Sanitation, dispensaries and jails vaccination Rajputana 1922-1927 - 1922-1927
Year: 1922
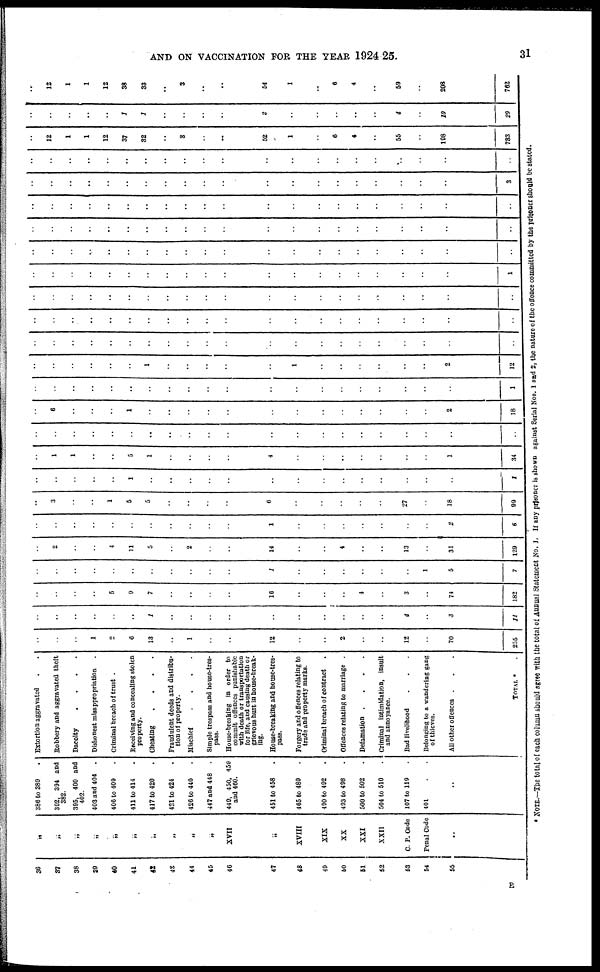
AND ON VACCINATION FOR THE YEAR 1924-25.
31
36
37
38
39
40
41
42
43
44
45
46
47
48
49
50
51
52
53
54
55
..
„
„
„
„
„
„
„
„
„
„
XVII
„
XVIII
XIX
XX
XXI
XXII
C. P. Code
Penal Code
..
..
386 to 389
302, 394 and
382.
395, 400 and
402.
403 and 404.
406 to 409 .
411 to 414
417 to 420 .
421 to 424.
426 to 440 .
447 and 448 .
449, 450, 459
and 460.
451 to 458 .
405 to 489 .
490 to 492 .
493 to 498 .
500 to 502
504 to 510 .
107 to 119 .
401 ..
..
..
Extortion aggravated ..
Robbery and aggravated theft
Dacoity
....
Dishonest misappropriation .
Criminal breach of trust .
Receiving and concealing stolen
property.
Cheating
....
Fraudulent deeds and distribu-
tion of property.
Mischief
....
Simple trespass and house-tres-
pass.
House-breaking in order to
commit offences punishable
with death or transportation
for life, and causing death or
grievous hurt in house-break-
ing.
House-breaking and house-tres-
pass.
Forgery and offences relating to
trade and property marks.
Criminal breach of contract .
Offences relating to marriage .
Defamation
....
Criminal intimidation, insult
and annoyance.
Bad livelihood ...
Belonging to a wandering gang
of thieves.
All other offences ...
TOTAL * .
..
..
..
1
2
6
13
..
1
..
..
12
..
..
2
..
..
12
..
70
255
..
..
..
..
..
..
1
..
..
..
..
..
..
..
..
..
..
4
..
3
14
..
..
..
..
5
9
7
..
..
..
..
16
..
..
..
4
..
3
..
74
182
..
..
..
..
..
..
..
..
..
..
..
1
..
..
..
..
..
..
1
5
7
..
2
..
..
4
11
5
..
2
..
..
14
..
..
4
..
..
13
..
31
129
..
..
..
..
..
..
..
..
..
..
..
1
..
..
..
..
..
..
..
2
6
..
3
..
..
1
5
5
..
..
..
..
6
..
..
..
..
..
27
..
18
99
..
..
..
..
..
1
..
..
..
..
..
..
..
..
..
..
..
..
..
..
I
..
1
1
..
..
5
1
..
..
..
..
4
..
..
..
..
..
..
..
1
34
..
..
..
..
..
..
..
..
..
..
..
..
..
..
..
..
..
..
..
..
..
..
6
..
..
..
1
..
..
..
..
..
..
..
..
..
..
..
..
..
2
18
..
..
..
..
..
..
..
..
..
..
..
..
..
..
..
..
..
..
..
..
1
..
..
..
..
..
..
1
..
..
..
..
..
1
..
..
..
..
..
..
2
12
..
..
..
..
..
..
..
..
..
..
..
..
..
..
..
..
..
..
..
..
..
..
..
..
..
..
..
..
..
..
..
..
..
..
..
..
..
..
..
..
..
..
..
..
..
..
..
..
..
..
..
..
..
..
..
..
..
..
..
..
..
..
..
..
..
..
..
..
..
..
..
..
..
..
..
..
..
..
..
..
..
..
..
1
..
..
..
..
..
..
..
..
..
..
..
..
..
..
..
..
..
..
..
..
..
..
..
..
..
..
..
..
..
..
..
..
..
..
..
..
..
..
..
..
..
..
..
..
..
..
..
..
..
..
..
..
..
..
..
..
..
..
..
..
..
..
..
..
..
..
..
..
..
..
..
..
..
..
..
..
..
..
..
..
..
..
..
3
..
..
..
..
..
..
..
..
..
..
..
..
..
..
..
..
..
..
..
..
..
..
12
1
1
12
37
32
..
3
..
..
52
1
..
6
4
..
55
..
198
783
..
..
..
..
..
1
1
..
..
..
..
2
..
..
..
..
..
4
..
10
29
..
12
1
1
12
38
33
..
3
..
..
54
1
..
6
4
..
59
..
208
762
* NOTE.—The total of each column should agree with the total of Annual Statement No. 1. If any prisoner is shown against Serial Nos. 1 and 2, the nature of the offence committed by the prisoner should be stated.
E